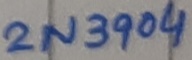
Text: 2N3904